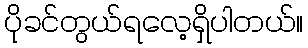
ပိုခင်တွယ်ရလေ့ရှိပါတယ်။